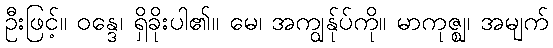
ဦးဖြင့်။ ဝန္ဒေ၊ ရှိခိုးပါ၏။ မေ၊ အကျွန်ုပ်ကို။ မာကုဇ္ဈ၊ အမျက်